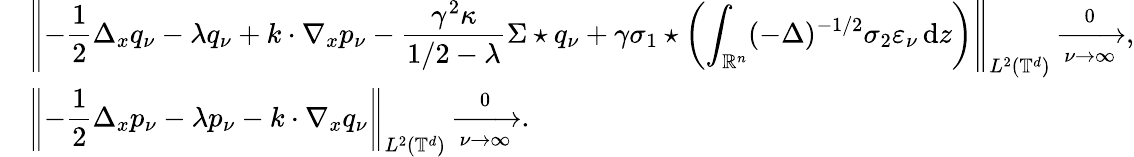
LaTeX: \begin{array}{rl}&{\left\| -\displaystyle\frac{1}{2}\Delta_{x}q_{\nu}-\lambda q_{\nu}+k\cdot\nabla_{x}p_{\nu}-\frac{\gamma^{2}\kappa}{1/2-\lambda}\Sigma\star q_{\nu}+\gamma\sigma_{1}\star\left(\displaystyle\int_{\mathbb R^{n}}(-\Delta)^{-1/2}\sigma_{2}\varepsilon_{\nu}\, {\mathrm{d}}z\right)\right\| _{L^{2}(\mathbb{T}^{d})}\xrightarrow[\nu\to\infty]0,}\\ &{\left\| -\displaystyle\frac 12\Delta_{x}p_{\nu}-\lambda p_{\nu}-k\cdot\nabla_{x}q_{\nu}\right\| _{L^{2}(\mathbb{T}^{d})}\xrightarrow[\nu\to\infty]0.}\end{array}